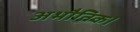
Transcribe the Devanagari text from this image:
अभौतिक।